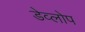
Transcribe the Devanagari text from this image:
डेव्लोप